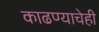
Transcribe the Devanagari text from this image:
काढण्याचेही